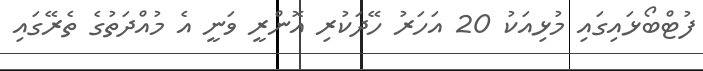
ފުޓްބޯޅައިގައި މުޅިއަކު 20 އަހަރު ހޭދަކުރި އޮންރީ ވަނީ އެ މުއްދަތުގެ ތެރޭގައި